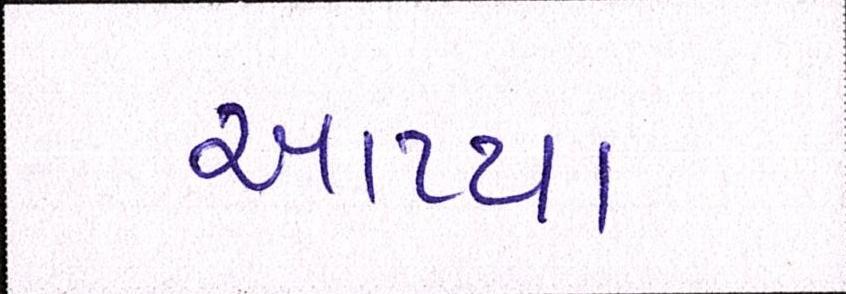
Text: આપ્યા